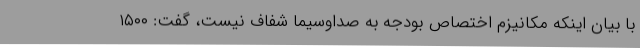
با بیان اینکه مکانیزم اختصاص بودجه به صداوسیما شفاف نیست، گفت: ۱۵۰۰